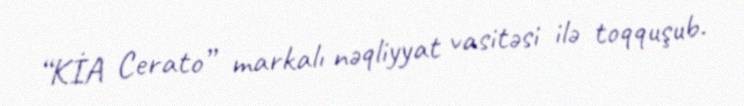
“KİA Cerato” markalı nəqliyyat vasitəsi ilə toqquşub.